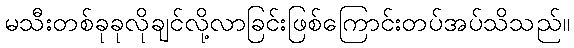
မသီးတစ်ခုခုလိုချင်လို့လာခြင်းဖြစ်ကြောင်းတပ်အပ်သိသည်။